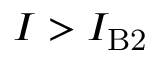
I > I _ { \mathrm { B 2 } }